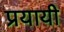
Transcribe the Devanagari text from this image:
प्रयायी